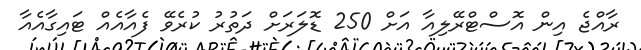
ރާއްޖެ އިން އޮސްޓްރޭލިއާ އަށް 250 ޑޮލަރަށް ދަތުރު ކުރެވޭ ފެއާއެއް ޓައިގާއެއާ